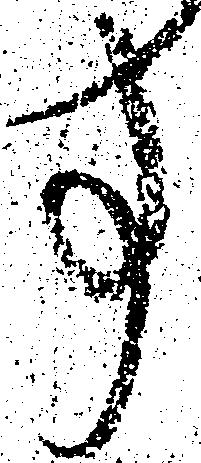
事